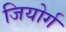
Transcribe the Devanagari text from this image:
जियोर्ग